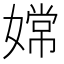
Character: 嫦